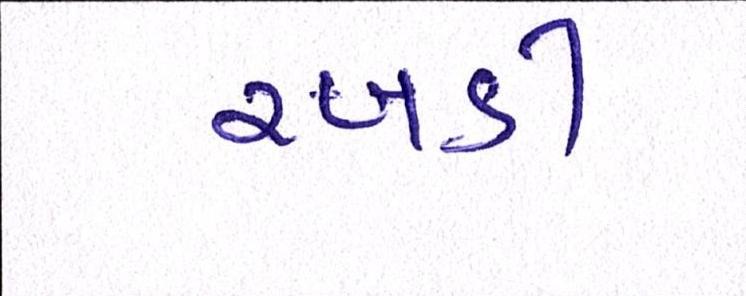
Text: રબડી